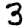
Digit: 3